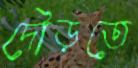
দৌড়তে